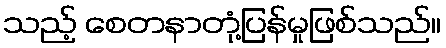
သည့် စေတနာတုံ့ပြန်မှုဖြစ်သည်။